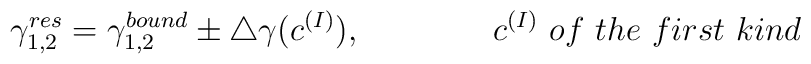
\gamma _{1,2}^{res}=\gamma _{1,2}^{bound}\pm \triangle\gamma (c^{(I)}),\qquad \qquad c^{(I)}{~ of~ the~ first~ kind}